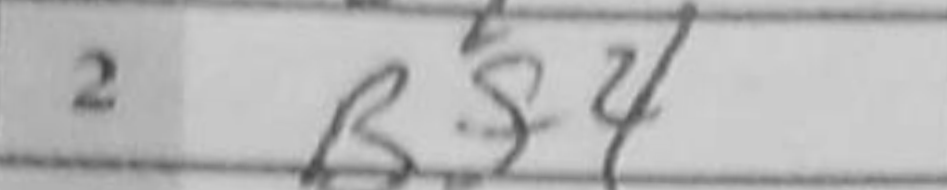
Transcription: Bf4